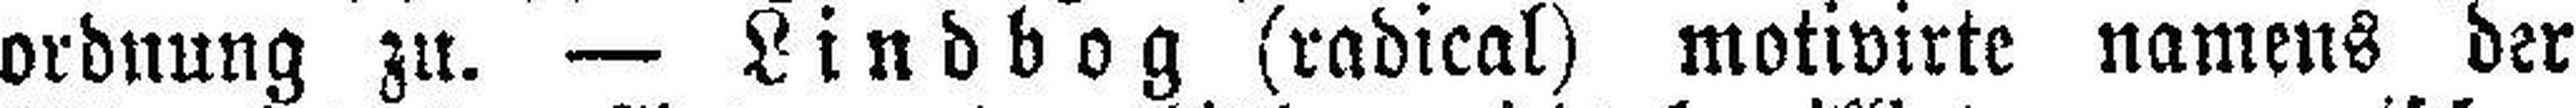
ordnung zu. — Lindbog (radical) motivirte namens der